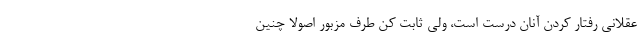
عقلانی رفتار کردن آنان درست است، ولی ثابت کن طرف مزبور اصولاً چنین